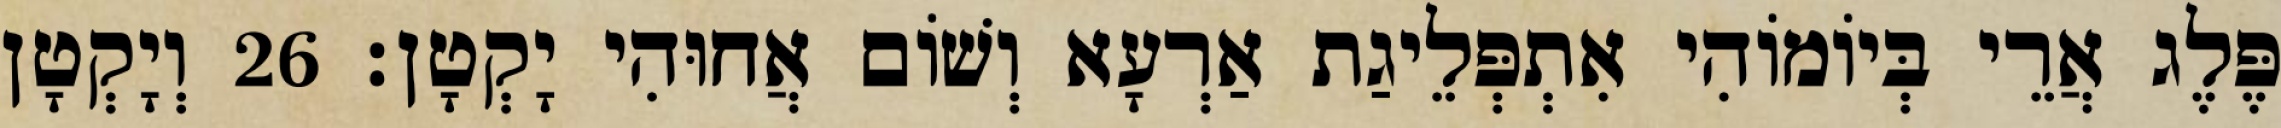
פֶּלֶג אֲרֵי בְּיוֹמוֹהִי אִתְפְּלֵיגַת אַרְעָא וְשׁוֹם אֲחוּהִי יָקְטָן׃ 26 וְיָקְטָן